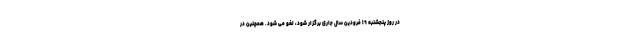
در روز پنجشنبه ۱۹ فرودین سال جاری برگزار شود، لغو می شود. همچنین در